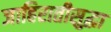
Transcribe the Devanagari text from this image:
जाहिरातीसुद्धा